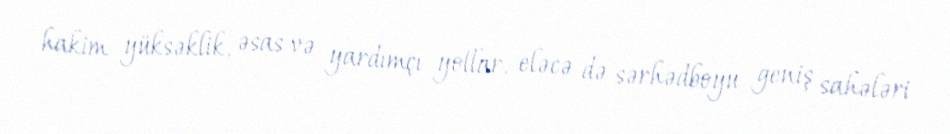
hakim yüksəklik, əsas və yardımçı yollar, eləcə də sərhədboyu geniş sahələri